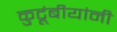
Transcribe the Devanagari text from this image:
कुटूंबीयांनी